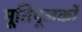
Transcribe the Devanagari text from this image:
मूर्तिपूजकों